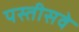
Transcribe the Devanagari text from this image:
पस्तीसवे